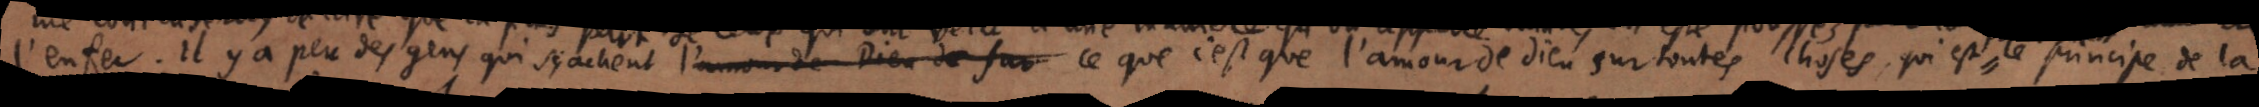
l’enfer. Il y a peu des gens qui sçachent l’amour de Dieu de surce que c’est que l’amour de Dieu sur toutes choses qui est le principe de la